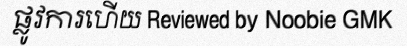
ផ្លូវការហើយ Reviewed by Noobie GMK